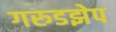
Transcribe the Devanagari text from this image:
गरुडझेप